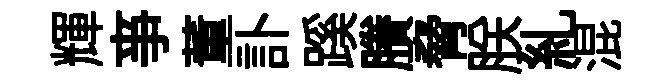
輝亊董訃蹊賸脅朕糺混